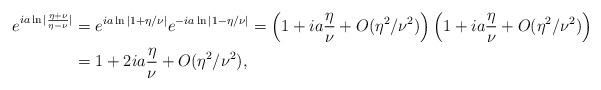
LaTeX: \begin{align*}e^{ia\ln|\frac{\eta+\nu}{\eta-\nu}|}&=e^{ia\ln|1+\eta/\nu|}e^{-ia\ln|1-\eta/\nu|} = \left(1 + ia\frac{\eta}{\nu} + O(\eta^2/\nu^2)\right)\left(1 + ia\frac{\eta}{\nu} + O(\eta^2/\nu^2)\right) \\&= 1+2ia\frac{\eta}{\nu} + O(\eta^2/\nu^2),\end{align*}